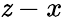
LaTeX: \mathit{z}-x